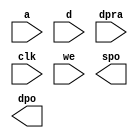
module dmg_72_1c9994abe91d1da0(
  a,
  d,
  dpra,
  clk,
  we,
  spo,
  dpo
);

input [3 : 0] a;
input [31 : 0] d;
input [3 : 0] dpra;
input clk;
input we;
output [31 : 0] spo;
output [31 : 0] dpo;

// synthesis translate_off

  DIST_MEM_GEN_V7_2 #(
    .C_ADDR_WIDTH(4),
    .C_DEFAULT_DATA("0"),
    .C_DEPTH(16),
    .C_FAMILY("kintex7"),
    .C_HAS_CLK(1),
    .C_HAS_D(1),
    .C_HAS_DPO(1),
    .C_HAS_DPRA(1),
    .C_HAS_I_CE(0),
    .C_HAS_QDPO(0),
    .C_HAS_QDPO_CE(0),
    .C_HAS_QDPO_CLK(0),
    .C_HAS_QDPO_RST(0),
    .C_HAS_QDPO_SRST(0),
    .C_HAS_QSPO(0),
    .C_HAS_QSPO_CE(0),
    .C_HAS_QSPO_RST(0),
    .C_HAS_QSPO_SRST(0),
    .C_HAS_SPO(1),
    .C_HAS_SPRA(0),
    .C_HAS_WE(1),
    .C_MEM_INIT_FILE("dmg_72_1c9994abe91d1da0.mif"),
    .C_MEM_TYPE(2),
    .C_PARSER_TYPE(1),
    .C_PIPELINE_STAGES(0),
    .C_QCE_JOINED(0),
    .C_QUALIFY_WE(0),
    .C_READ_MIF(1),
    .C_REG_A_D_INPUTS(0),
    .C_REG_DPRA_INPUT(0),
    .C_SYNC_ENABLE(1),
    .C_WIDTH(32)
  )
  inst (
    .A(a),
    .D(d),
    .DPRA(dpra),
    .CLK(clk),
    .WE(we),
    .SPO(spo),
    .DPO(dpo),
    .SPRA(),
    .I_CE(),
    .QSPO_CE(),
    .QDPO_CE(),
    .QDPO_CLK(),
    .QSPO_RST(),
    .QDPO_RST(),
    .QSPO_SRST(),
    .QDPO_SRST(),
    .QSPO(),
    .QDPO()
  );

// synthesis translate_on

endmodule